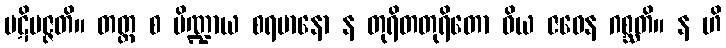
ပဋိပဇ္ဇတိ။ တတ္ထ စ ပိဏ္ဍာယ စရမာနော န တုရိတတုရိတော ဝိယ ဇဝေန ဂစ္ဆတိ။ န ဟိ